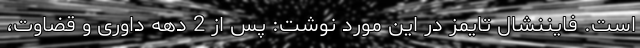
است. فایننشال تایمز در این مورد نوشت: پس از 2 دهه داوری و قضاوت،